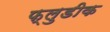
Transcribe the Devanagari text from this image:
फ्लुडीक